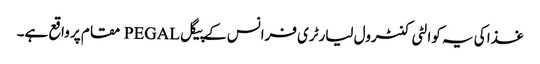
غذا کی یہ کوالٹی کنٹرول لیارٹری فرانس کے پیگل PEGAL مقام پر واقع ہے۔